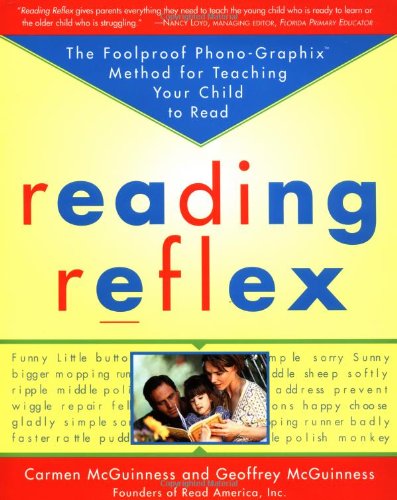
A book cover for Reading Reflex: The Foolproof Phono-Graphix Method for Teaching Your Child to Read; Carmen McGuinness; Education & Teaching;